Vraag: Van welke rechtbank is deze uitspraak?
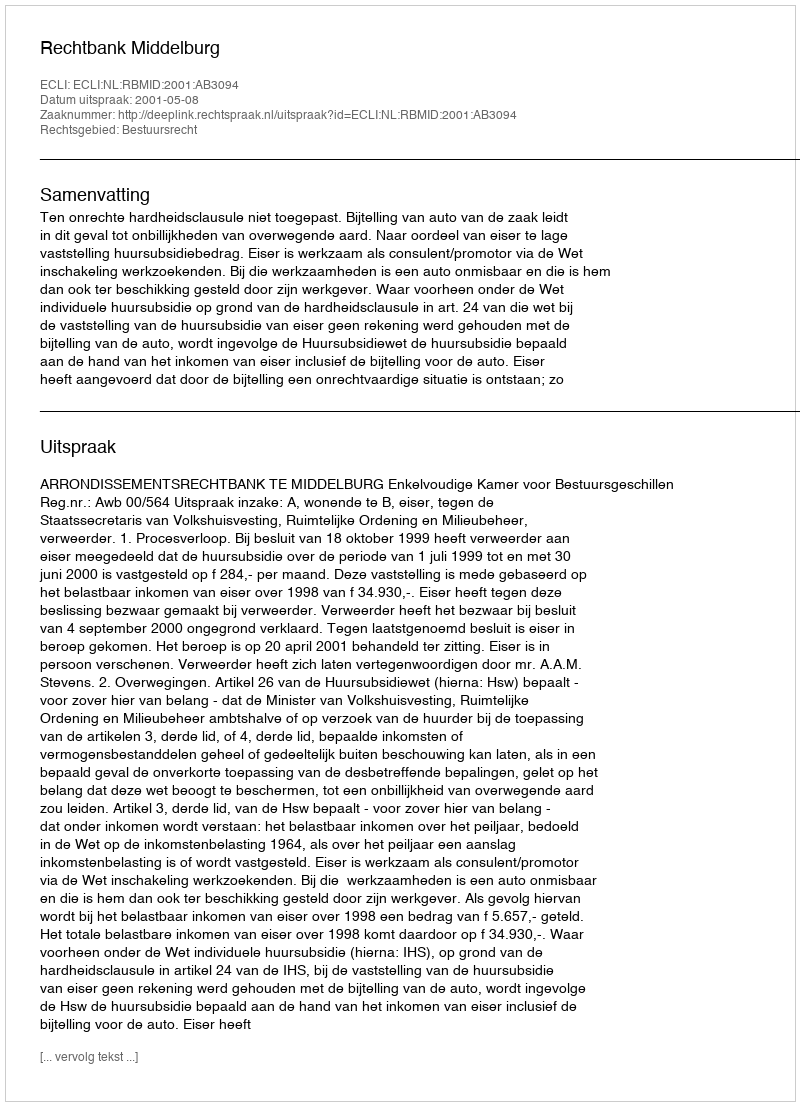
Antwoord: Rechtbank Middelburg